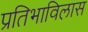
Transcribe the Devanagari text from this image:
प्रतिभाविलास